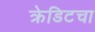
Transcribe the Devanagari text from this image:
क्रेडिटचा